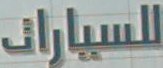
للسيارات